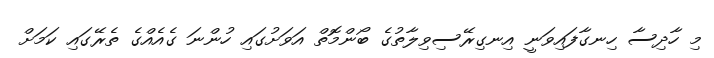
މި ހާދިސާ ހިނގާފައިވަނީ އިނގިރޭސިވިލާތުގެ ބޯންމޮތް އަވަށުގައި ހުންނަ ގެއެއްގެ ތެރޭގައި ކަމަށް